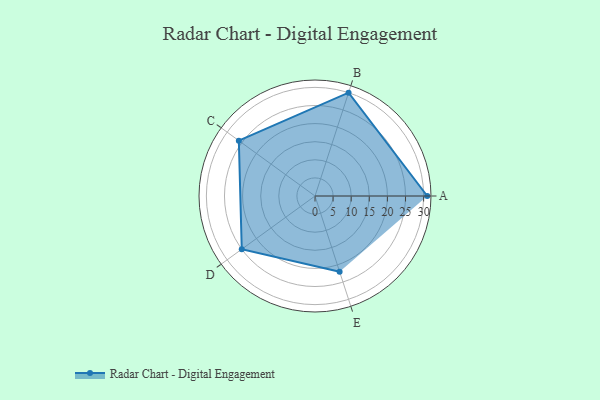
{"axis": {"x": "Skill", "y": "Score"}, "legend": ["Profile"], "data": [{"x": "A", "y": 31.0, "type": "Profile"}, {"x": "B", "y": 30.0, "type": "Profile"}, {"x": "C", "y": 26.0, "type": "Profile"}, {"x": "D", "y": 25.0, "type": "Profile"}, {"x": "E", "y": 22.0, "type": "Profile"}]}